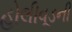
હોલીવૂડની